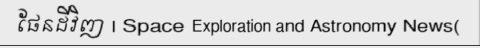
ផែនដីវិញ | Space Exploration and Astronomy News(